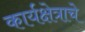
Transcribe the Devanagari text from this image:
कार्यक्षेत्राचे